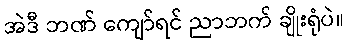
အဲဒီ ဘဏ် ကျော်ရင် ညာဘက် ချိုးရုံပဲ။